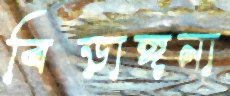
বিড়াঙ্গনা